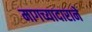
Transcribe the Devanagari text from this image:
मागच्यादाराने